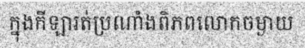
ក្នុងកីឡារត់ប្រណាំងពិភពលោកចម្ងាយ